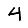
Digit: 4